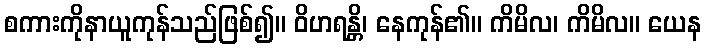
စကားကိုနာယူကုန်သည်ဖြစ်၍။ ဝိဟရန္တိ၊ နေကုန်၏။ ကိမိလ၊ ကိမိလ။ ယေန